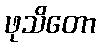
ဖုသိတော